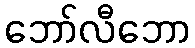
ဘော်လီဘော